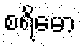
စရိမော